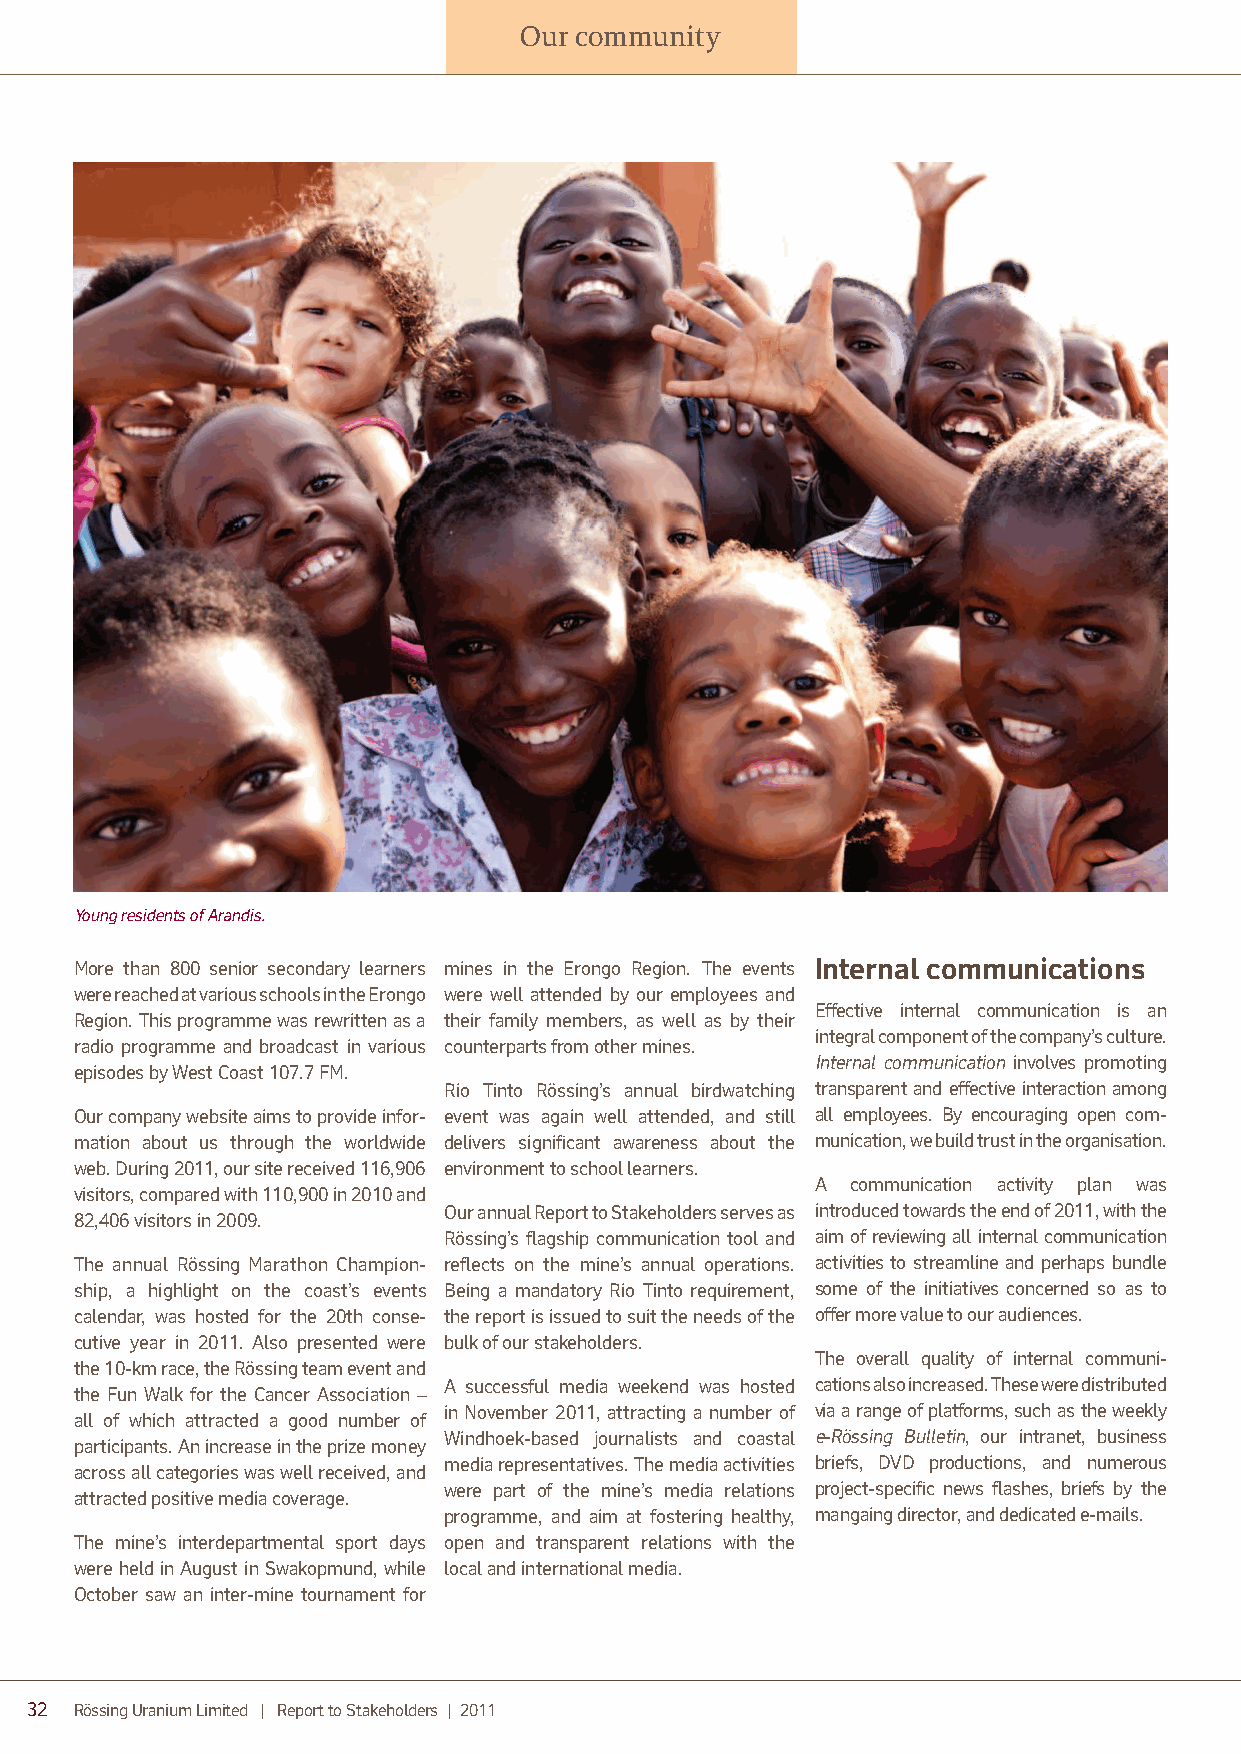
Our community
 Young residents of Arandis.
 More than 800 senior secondary learners mines in the Erongo Region. The events Internal communications
 were reached at various schools in the Erongo were well attended by our employees and
 Effective internal communication is an
 Region. This programme was rewritten as a their family members, as well as by their
 integral component of the company’s culture.
 radio programme and broadcast in various counterp arts from other mines.
 Internal communication involves promoting
 episodes by West Coast 107.7 FM.
 Rio Tinto Rössing’s annual birdwatching transp arent and effective interaction among
 Our company website aims to provide infor- event was again well attended, and still all employees. By encouraging open com-
 mation about us through the worldwide delivers significant awareness about the munication, we build trust in the organis ation.
 web. During 2011, our site received 116,906 environment to school learners.
 A communication activity plan was
 visitors, compared with 110,900 in 2010 and
 Our annual Report to Stakeholders serves as introduced towards the end of 2011, with the
 82,406 visitors in 2009.
 Rössing’s flagship communication tool and aim of reviewing all internal communication
 The annual Rössing Marathon Champion- reflects on the mine’s annual operations. activities to streamline and perhaps bundle
 ship, a highlight on the coast’s events Being a mandatory Rio Tinto requirement, some of the initiatives concerned so as to
 calendar, was hosted for the 20th conse- the report is issued to suit the needs of the offer more value to our audiences.
 cutive year in 2011. Also presented were bulk of our stakeholders.
 The overall quality of internal communi-
 the 10-km race, the Rössing team event and
 A successful media weekend was hosted cations also increased. These were distributed
 the Fun Walk for the Cancer Association –
 in November 2011, attracting a number of via a range of platforms, such as the weekly
 all of which attracted a good number of
 Windhoek-based journalists and coastal e-Rössing Bulletin, our intranet, business
 participants. An increase in the prize money
 media representatives. The media activities briefs, DVD productions, and numerous
 across all categories was well received, and
 were part of the mine’s media relations project-specific news flashes, briefs by the
 attracted positive media coverage.
 programme, and aim at fostering healthy, mangaing director, and dedicated e-mails.
 The mine’s interdepartmental sport days open and transparent relations with the
 were held in August in Swakopmund, while local and international media.
 October saw an inter-mine tournament for
 32 Rössing Uranium Limited | Report to Stakeholders | 2011